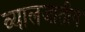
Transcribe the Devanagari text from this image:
व्यालजातीय